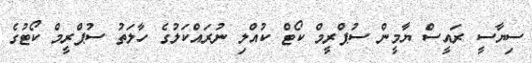
ސިޔާސީ ރައީސް ޔާމީން ސުޕްރީމް ކޯޓް ކުއްލި ނުރައްކަލުގެ ހާލަތު ސުޕްރީމް ކޯޓުގެ